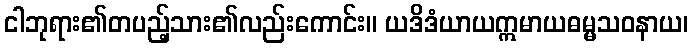
ငါဘုရား၏တပည့်သား၏လည်းကောင်း။ ယဒိဒံယာယဣမာယဓမ္မသဝနာယ၊